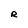
Character: R